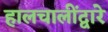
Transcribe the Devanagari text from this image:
हालचालींद्वारे